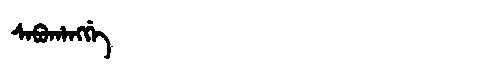
Manchu: ᠰᠠᠪᡠᡥᠠᠩᡤᡝ
Romanization: SABUHANGGE